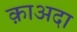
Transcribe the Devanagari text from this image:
क़ाअदा